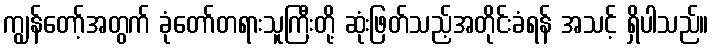
ကျွန်တော့်အတွက် ခုံတော်တရားသူကြီးတို့ ဆုံးဖြတ်သည့်အတိုင်းခံရန် အသင့် ရှိပါသည်။